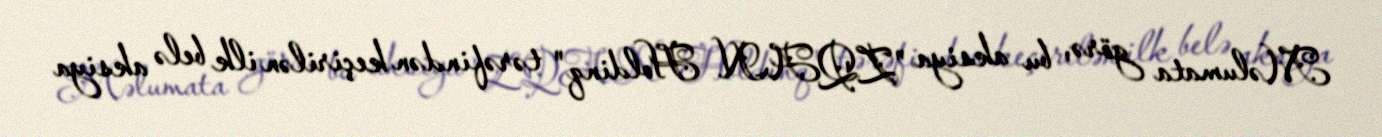
Məlumata görə, bu aksiya "ZQAN Holdinq" tərəfindən keçirilən ilk belə aksiya